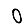
Digit: 0